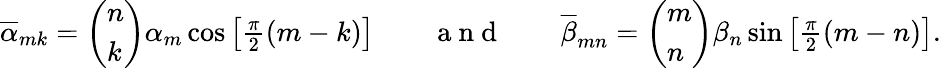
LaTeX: \begin{array}{r}{\overline{{\alpha}}_{mk}=\left(\begin{array}{l}{n}\\ {k}\end{array}\right)\alpha_{m}\cos\left[\frac{\pi}{2}(m-k)\right]\qquad\mathrm{~a~n~d~}\qquad\overline{{\beta}}_{mn}=\left(\begin{array}{l}{m}\\ {n}\end{array}\right)\beta_{n}\sin\left[\frac{\pi}{2}(m-n)\right].}\end{array}